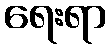
ရေးရာ